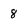
Character: 8